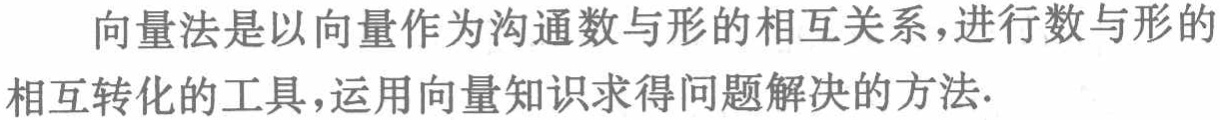
向量法是以向量作为沟通数与形的相互关系，进行数与形的相互转化的工具，运用向量知识求得问题解决的方法.